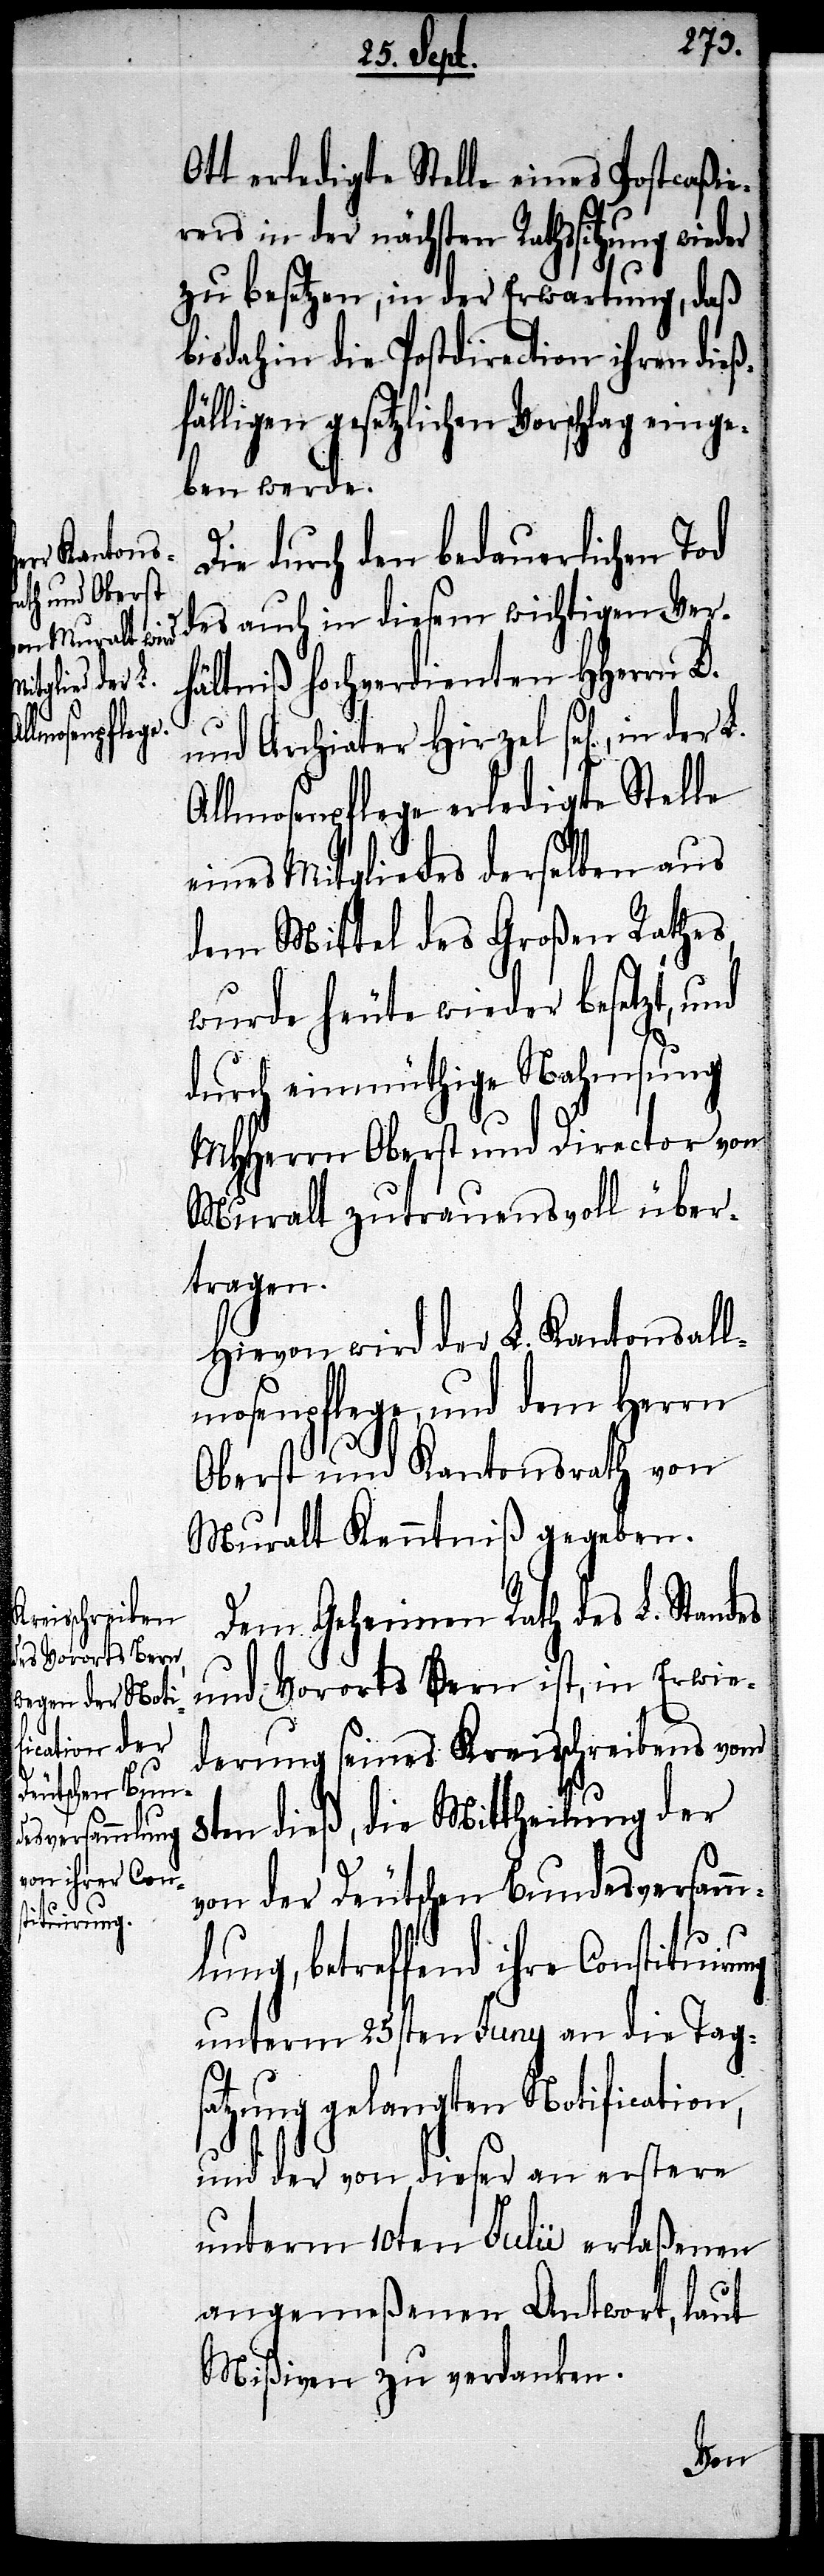
irung

Ott erledigte Stelle eines Postcaßie¬
rers in der nächsten Rathssitzung wie¬
zu besetzen, in der Erwartung, daß
bis dahin die Postdirection ihren dieß¬
fälligen gesetzlichen Vorschlag einge¬
ben werde.
Die durch den bedauerlichen Tod
des auch in diesem wichtigen Ver¬
hältniß hochverdienten HHerrn D.
und Archiater Hirzel sel[ig], in
Allmosenpflege erledigte Stelle
eines Mitgliedes derselben aus
dem Mittel des Großen Rathes,
wurde heute wieder besetzt, und
durch einmüthige Nahmsung
MHHerrn Oberst und Director von
Muralt zutrauensvoll über¬
tragen.
Hievon wird der L. Kantonsall¬
mosenpflege, und dem Herrn
Oberst und Kantonsrath von
Muralt Kenntniß gegeben.
Dem Geheimen Rath des L. Standes
und Vororts Bern ist, in Erwie¬
derung seines Kreisschreibens vom
8ten dieß, die Mittheilung der
von der Deutschen Bundesversamm¬
lung, betreffend ihre Constitu¬
unterm 25sten Juny an die Tags¬
atzung gelangten Notification,
und der von dieser an erstere
unterm 10ten July erlaßenen
angemeßenen Antwort, laut
Mißiven zu verdanken.
der